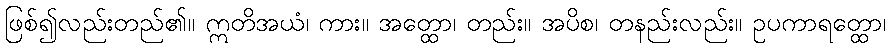
ဖြစ်၍လည်းတည်၏။ ဣတိအယံ၊ ကား။ အတ္ထော၊ တည်း။ အပိစ၊ တနည်းလည်း။ ဥပကာရတ္ထော၊